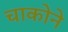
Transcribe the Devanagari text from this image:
चाकोने